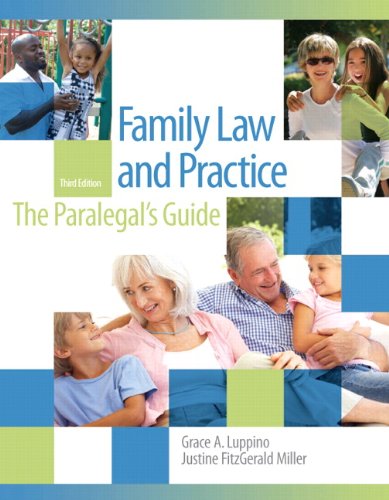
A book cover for Family Law and Practice (3rd Edition); Grace A. Luppino J.D.; Law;